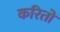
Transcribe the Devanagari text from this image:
करितों